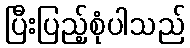
ပြီးပြည့်စုံပါသည်